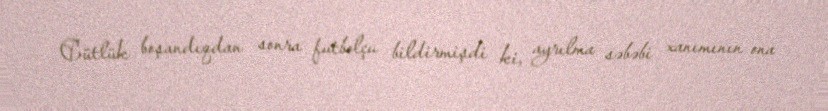
Cütlük boşandıqdan sonra futbolçu bildirmişdi ki, ayrılma səbəbi xanımının ona